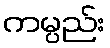
ကမ္ပည်း